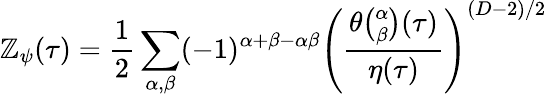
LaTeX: \mathbb{Z}_{\psi}(\tau)={\frac{{1}}{{2}}}\sum_{\alpha,\beta}(-1)^{\alpha+\beta-\alpha\beta}\left({\frac{{\theta{\binom{\alpha}{\beta}}(\tau)}}{{\eta(\tau)}}}\right)^{(D-2)/2}